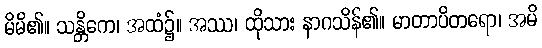
မိမိ၏။ သန္တိကေ၊ အထံ၌။ အဿ၊ ထိုသား နာဂသိန်၏။ မာတာပိတရော၊ အမိ